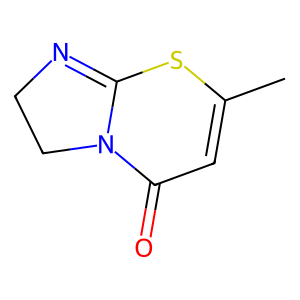
SMILES: CC1=CC(=O)N2CCN=C2S1
Inhibits HIV replication: No